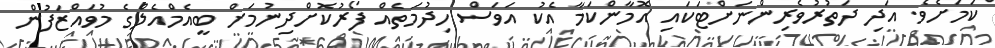
ކަމަށެވެ. އަދި ދަތުރުވެރިންނަށްޓަކައި އޮމާންކަމާ އެކު އަވަސް ހިދުމަތެއް ފޯރުކޮށްދިނުމަށް ބީއެމްއެލްގެ މުވައްޒަފުން